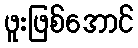
ဖူးဖြစ်အောင်